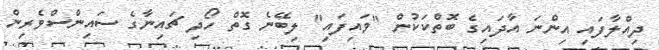
ދިއްލާފައި އިންނަ އާދައިގެ ބޮތްކަކުން "ވައިފައި" ލިބޭނެ ގޮތް ހޯދި ޗައިނާގެ ސައިންސްވެރިން